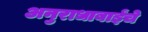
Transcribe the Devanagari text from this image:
अनुराधाबाईंचे